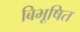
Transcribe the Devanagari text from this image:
बिभूषित